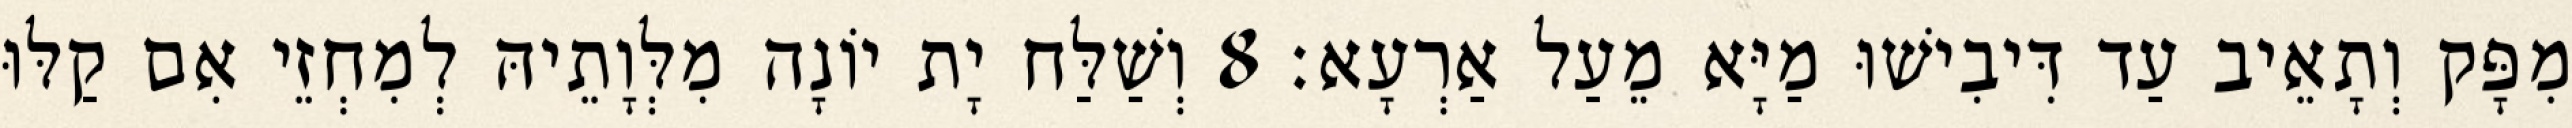
מִפָּק וְתָאֵיב עַד דִּיבִישׁוּ מַיָּא מֵעַל אַרְעָא׃ 8 וְשַׁלַּח יָת יוֹנָה מִלְּוָתֵיהּ לְמִחְזֵי אִם קַלּוּ